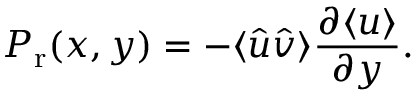
P _ { \mathrm { r } } ( x , y ) = - \langle \hat { u } \hat { v } \rangle \frac { \partial \langle u \rangle } { \partial y } .